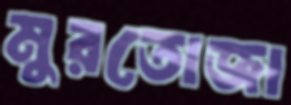
মুরতোজা